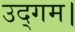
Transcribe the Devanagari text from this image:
उद्गम।